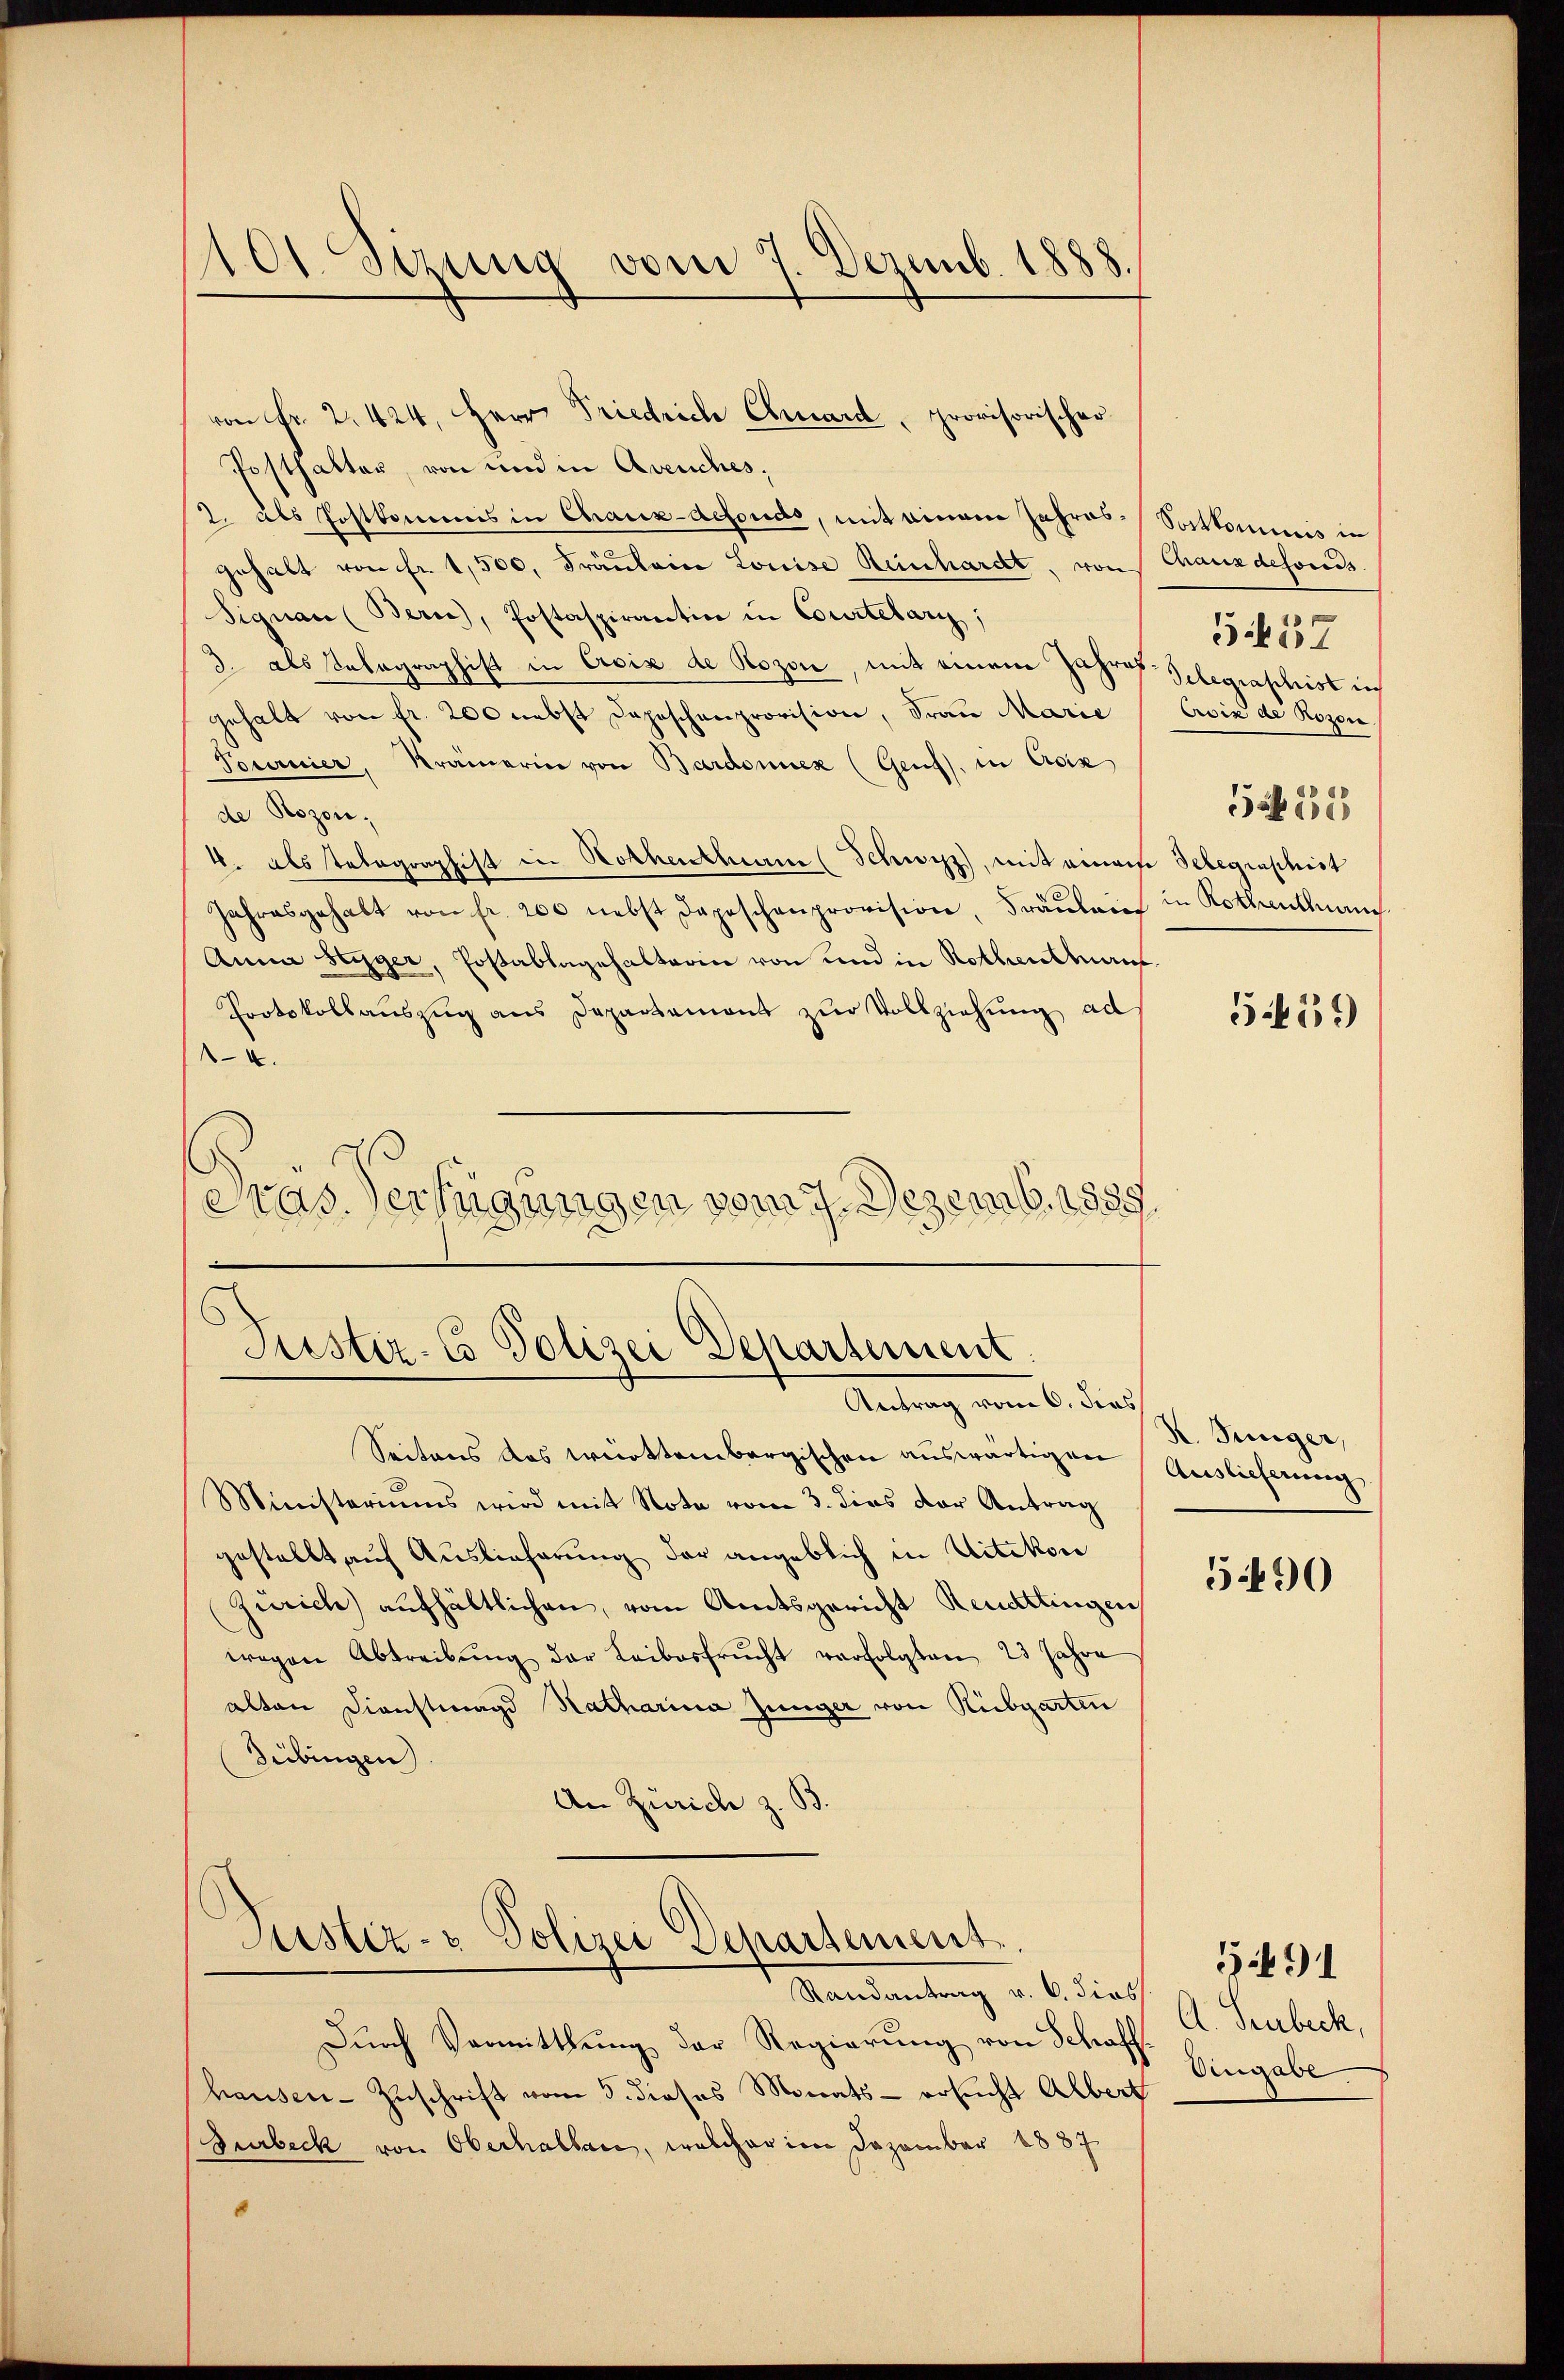
101. Sizung vom 7. Dezemb. 15

von Fr. 2. 424, Herr Friedrich Chard, provisorischer
Posthalter, von und in Avenches,
2. als Postkommis in Chaux-defonds, mit einem Jahres-Vortkommnis in
gehalt von Fr. 1,500. Fräulein Louise Reinhardt, von Chauxdefonis
Signau (Bern), Postaspirantion in Courtelary,
3. als Telegraphist in Croix de Rozon, mit einem Jahres Gelegraphist nich
gehalt von fr. 200 nebst Depeschenprovision, Frau Marie
Tournier, Krämerin von Bardonnex (Genf), in Asix
de Rozon;
4. als telegraphist in Rothenthum (Schwyz, mit einem Telegraphist
Jahresgehalt von fr. 200 nebst Depeschenprovision, Fräŭlein in Rothenthum
Anna Styger, Postablagehalterin von und in Rothenthans
Protokollauszug aus Departemont zŭr Vollziehung ad
A.
Pras. Verfügungen vom 7. Dezemb. 1889

Seitens das württembergischen auswärtigen
Ministeriums wird mit Note vom 3. dies der Antrag
gestellt auf Auslieferung der angeblich in Uitikon
Zürich) aufhältlichen, vom Amtsgericht Reuattingen,
wegen Abtreibŭng der Leibesfrucht verfolgten 23 Jahre
alten Dienstmagd Natharina Jünger von Ribgarten
Tübingen).
An Zürich z. B

Justiz-Co Polizei Departement.
Antrag vom 6. dies

Justiz- & Polizei Departement

Randantrag v. 6. dies

Dŭrch Vermittlung der Regierung von Schaff
hausen-Zuschrift vom 5. dieses Monats - ersucht Albert
Surbeck von Oberhalban, welcher im Dezember 1887

557
Avix de Rosen.
e
e

539)

K. Junger,
Auslieferung

5490

A. Heubeck,
Ongabe

391